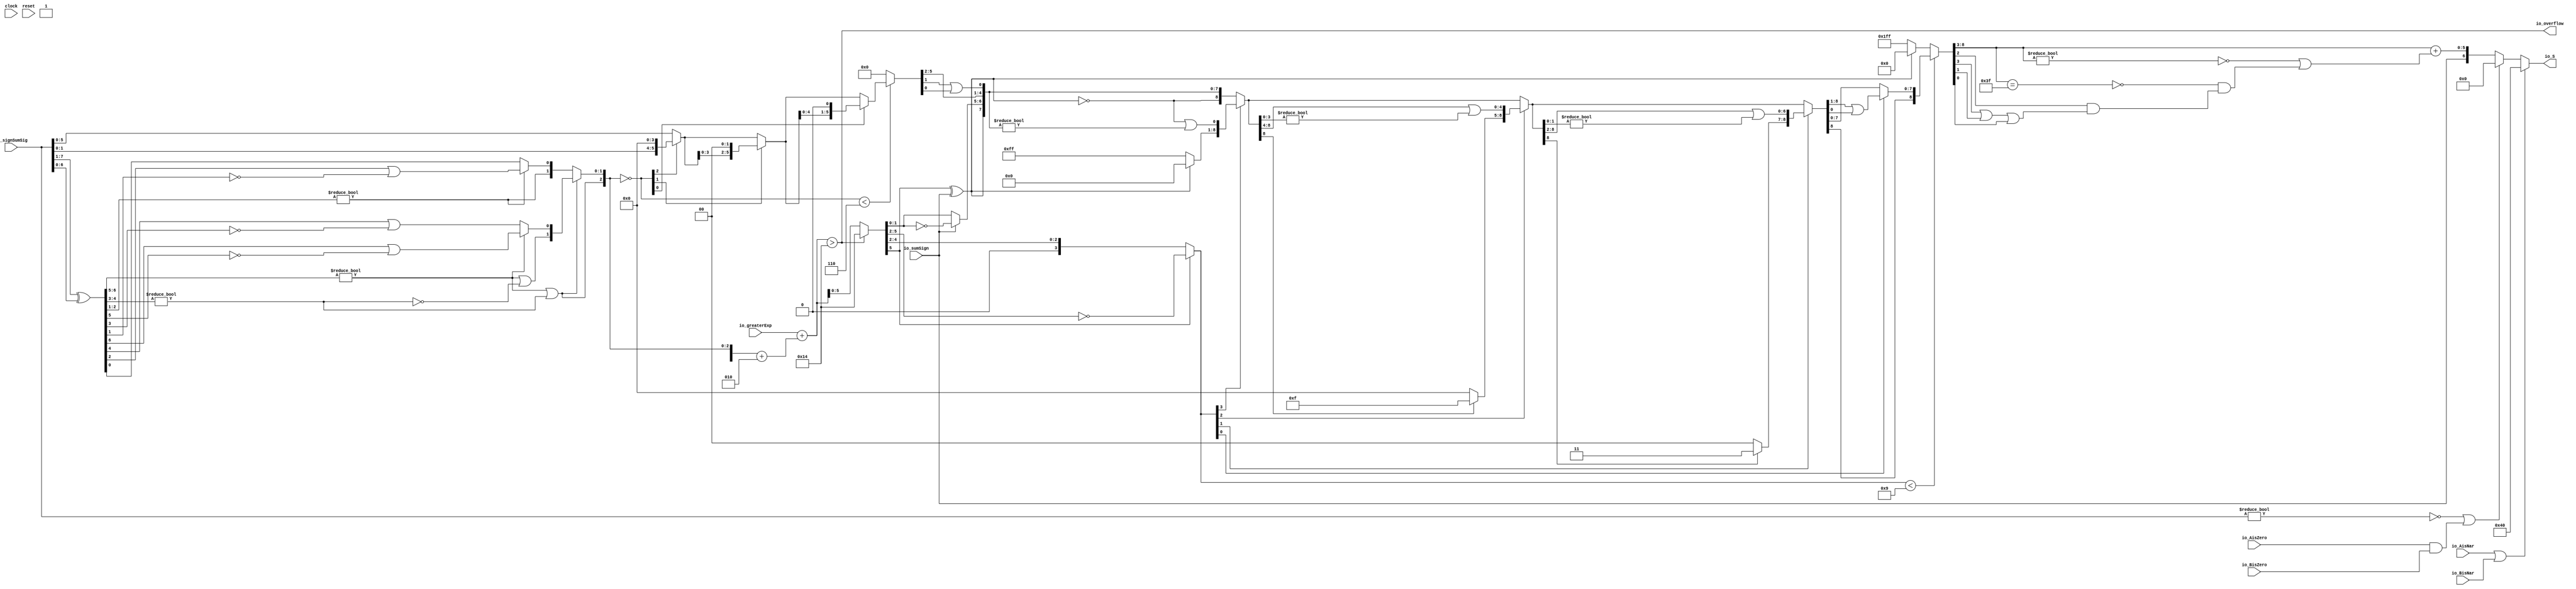
module Post_Adder7_2(
  input        clock,
  input        reset,
  input  [7:0] io_signSumSig,
  input  [5:0] io_greaterExp,
  input        io_sumSign,
  output       io_overflow,
  input        io_AisNar,
  input        io_BisNar,
  input        io_AisZero,
  input        io_BisZero,
  output [6:0] io_S
);
  wire [6:0] _T; // @[Post_Adder.scala 26:34]
  wire [6:0] _T_1; // @[Post_Adder.scala 26:72]
  wire [6:0] sumXor; // @[Post_Adder.scala 26:52]
  wire [3:0] _T_2; // @[LZD.scala 43:32]
  wire [1:0] _T_3; // @[LZD.scala 43:32]
  wire  _T_4; // @[LZD.scala 39:14]
  wire  _T_5; // @[LZD.scala 39:21]
  wire  _T_6; // @[LZD.scala 39:30]
  wire  _T_7; // @[LZD.scala 39:27]
  wire  _T_8; // @[LZD.scala 39:25]
  wire [1:0] _T_9; // @[Cat.scala 29:58]
  wire [1:0] _T_10; // @[LZD.scala 44:32]
  wire  _T_11; // @[LZD.scala 39:14]
  wire  _T_12; // @[LZD.scala 39:21]
  wire  _T_13; // @[LZD.scala 39:30]
  wire  _T_14; // @[LZD.scala 39:27]
  wire  _T_15; // @[LZD.scala 39:25]
  wire [1:0] _T_16; // @[Cat.scala 29:58]
  wire  _T_17; // @[Shift.scala 12:21]
  wire  _T_18; // @[Shift.scala 12:21]
  wire  _T_19; // @[LZD.scala 49:16]
  wire  _T_20; // @[LZD.scala 49:27]
  wire  _T_21; // @[LZD.scala 49:25]
  wire  _T_22; // @[LZD.scala 49:47]
  wire  _T_23; // @[LZD.scala 49:59]
  wire  _T_24; // @[LZD.scala 49:35]
  wire [2:0] _T_26; // @[Cat.scala 29:58]
  wire [2:0] _T_27; // @[LZD.scala 44:32]
  wire [1:0] _T_28; // @[LZD.scala 43:32]
  wire  _T_29; // @[LZD.scala 39:14]
  wire  _T_30; // @[LZD.scala 39:21]
  wire  _T_31; // @[LZD.scala 39:30]
  wire  _T_32; // @[LZD.scala 39:27]
  wire  _T_33; // @[LZD.scala 39:25]
  wire [1:0] _T_34; // @[Cat.scala 29:58]
  wire  _T_35; // @[LZD.scala 44:32]
  wire  _T_37; // @[Shift.scala 12:21]
  wire  _T_39; // @[LZD.scala 55:32]
  wire  _T_40; // @[LZD.scala 55:20]
  wire [1:0] _T_41; // @[Cat.scala 29:58]
  wire  _T_42; // @[Shift.scala 12:21]
  wire [1:0] _T_44; // @[LZD.scala 55:32]
  wire [1:0] _T_45; // @[LZD.scala 55:20]
  wire [2:0] sumLZD; // @[Cat.scala 29:58]
  wire [3:0] _T_46; // @[Cat.scala 29:58]
  wire [3:0] _T_47; // @[Post_Adder.scala 28:37]
  wire [3:0] _T_49; // @[Post_Adder.scala 28:44]
  wire [3:0] scaleBias; // @[Post_Adder.scala 28:44]
  wire [5:0] _GEN_0; // @[Post_Adder.scala 29:35]
  wire [6:0] sumScale; // @[Post_Adder.scala 29:35]
  wire [2:0] normalShift; // @[Post_Adder.scala 31:22]
  wire [5:0] _T_51; // @[Post_Adder.scala 32:39]
  wire  _T_52; // @[Shift.scala 16:24]
  wire  _T_54; // @[Shift.scala 12:21]
  wire [1:0] _T_55; // @[Shift.scala 64:52]
  wire [5:0] _T_57; // @[Cat.scala 29:58]
  wire [5:0] _T_58; // @[Shift.scala 64:27]
  wire [1:0] _T_59; // @[Shift.scala 66:70]
  wire  _T_60; // @[Shift.scala 12:21]
  wire [3:0] _T_61; // @[Shift.scala 64:52]
  wire [5:0] _T_63; // @[Cat.scala 29:58]
  wire [5:0] _T_64; // @[Shift.scala 64:27]
  wire  _T_65; // @[Shift.scala 66:70]
  wire [4:0] _T_67; // @[Shift.scala 64:52]
  wire [5:0] _T_68; // @[Cat.scala 29:58]
  wire [5:0] _T_69; // @[Shift.scala 64:27]
  wire [5:0] shiftSig; // @[Shift.scala 16:10]
  wire [6:0] _T_70; // @[Post_Adder.scala 44:24]
  wire [1:0] decS_fraction; // @[Post_Adder.scala 45:34]
  wire  decS_isNaR; // @[Post_Adder.scala 46:31]
  wire  _T_73; // @[Post_Adder.scala 47:36]
  wire  _T_74; // @[Post_Adder.scala 47:21]
  wire  _T_75; // @[Post_Adder.scala 47:54]
  wire  decS_isZero; // @[Post_Adder.scala 47:40]
  wire [1:0] _T_77; // @[Post_Adder.scala 48:33]
  wire  _T_78; // @[Post_Adder.scala 48:49]
  wire  _T_79; // @[Post_Adder.scala 48:63]
  wire  _T_80; // @[Post_Adder.scala 48:53]
  wire [5:0] _GEN_1; // @[Post_Adder.scala 41:24 Post_Adder.scala 44:18]
  wire [5:0] decS_scale; // @[Post_Adder.scala 41:24 Post_Adder.scala 44:18]
  wire [1:0] _T_83; // @[convert.scala 46:61]
  wire [1:0] _T_84; // @[convert.scala 46:52]
  wire [1:0] _T_86; // @[convert.scala 46:42]
  wire [3:0] _T_87; // @[convert.scala 48:34]
  wire  _T_88; // @[convert.scala 49:36]
  wire [3:0] _T_90; // @[convert.scala 50:36]
  wire [3:0] _T_91; // @[convert.scala 50:36]
  wire [3:0] _T_92; // @[convert.scala 50:28]
  wire  _T_93; // @[convert.scala 51:31]
  wire  _T_94; // @[convert.scala 52:43]
  wire [8:0] _T_98; // @[Cat.scala 29:58]
  wire [3:0] _T_99; // @[Shift.scala 39:17]
  wire  _T_100; // @[Shift.scala 39:24]
  wire  _T_102; // @[Shift.scala 90:30]
  wire [7:0] _T_103; // @[Shift.scala 90:48]
  wire  _T_104; // @[Shift.scala 90:57]
  wire  _T_105; // @[Shift.scala 90:39]
  wire  _T_106; // @[Shift.scala 12:21]
  wire  _T_107; // @[Shift.scala 12:21]
  wire [7:0] _T_109; // @[Bitwise.scala 71:12]
  wire [8:0] _T_110; // @[Cat.scala 29:58]
  wire [8:0] _T_111; // @[Shift.scala 91:22]
  wire [2:0] _T_112; // @[Shift.scala 92:77]
  wire [4:0] _T_113; // @[Shift.scala 90:30]
  wire [3:0] _T_114; // @[Shift.scala 90:48]
  wire  _T_115; // @[Shift.scala 90:57]
  wire [4:0] _GEN_2; // @[Shift.scala 90:39]
  wire [4:0] _T_116; // @[Shift.scala 90:39]
  wire  _T_117; // @[Shift.scala 12:21]
  wire  _T_118; // @[Shift.scala 12:21]
  wire [3:0] _T_120; // @[Bitwise.scala 71:12]
  wire [8:0] _T_121; // @[Cat.scala 29:58]
  wire [8:0] _T_122; // @[Shift.scala 91:22]
  wire [1:0] _T_123; // @[Shift.scala 92:77]
  wire [6:0] _T_124; // @[Shift.scala 90:30]
  wire [1:0] _T_125; // @[Shift.scala 90:48]
  wire  _T_126; // @[Shift.scala 90:57]
  wire [6:0] _GEN_3; // @[Shift.scala 90:39]
  wire [6:0] _T_127; // @[Shift.scala 90:39]
  wire  _T_128; // @[Shift.scala 12:21]
  wire  _T_129; // @[Shift.scala 12:21]
  wire [1:0] _T_131; // @[Bitwise.scala 71:12]
  wire [8:0] _T_132; // @[Cat.scala 29:58]
  wire [8:0] _T_133; // @[Shift.scala 91:22]
  wire  _T_134; // @[Shift.scala 92:77]
  wire [7:0] _T_135; // @[Shift.scala 90:30]
  wire  _T_136; // @[Shift.scala 90:48]
  wire [7:0] _GEN_4; // @[Shift.scala 90:39]
  wire [7:0] _T_138; // @[Shift.scala 90:39]
  wire  _T_140; // @[Shift.scala 12:21]
  wire [8:0] _T_141; // @[Cat.scala 29:58]
  wire [8:0] _T_142; // @[Shift.scala 91:22]
  wire [8:0] _T_145; // @[Bitwise.scala 71:12]
  wire [8:0] _T_146; // @[Shift.scala 39:10]
  wire  _T_147; // @[convert.scala 55:31]
  wire  _T_148; // @[convert.scala 56:31]
  wire  _T_149; // @[convert.scala 57:31]
  wire  _T_150; // @[convert.scala 58:31]
  wire [5:0] _T_151; // @[convert.scala 59:69]
  wire  _T_152; // @[convert.scala 59:81]
  wire  _T_153; // @[convert.scala 59:50]
  wire  _T_155; // @[convert.scala 60:81]
  wire  _T_156; // @[convert.scala 61:44]
  wire  _T_157; // @[convert.scala 61:52]
  wire  _T_158; // @[convert.scala 61:36]
  wire  _T_159; // @[convert.scala 62:63]
  wire  _T_160; // @[convert.scala 62:103]
  wire  _T_161; // @[convert.scala 62:60]
  wire [5:0] _GEN_5; // @[convert.scala 63:56]
  wire [5:0] _T_164; // @[convert.scala 63:56]
  wire [6:0] _T_165; // @[Cat.scala 29:58]
  wire [6:0] _T_167; // @[Mux.scala 87:16]
  assign _T = io_signSumSig[7:1]; // @[Post_Adder.scala 26:34]
  assign _T_1 = io_signSumSig[6:0]; // @[Post_Adder.scala 26:72]
  assign sumXor = _T ^ _T_1; // @[Post_Adder.scala 26:52]
  assign _T_2 = sumXor[6:3]; // @[LZD.scala 43:32]
  assign _T_3 = _T_2[3:2]; // @[LZD.scala 43:32]
  assign _T_4 = _T_3 != 2'h0; // @[LZD.scala 39:14]
  assign _T_5 = _T_3[1]; // @[LZD.scala 39:21]
  assign _T_6 = _T_3[0]; // @[LZD.scala 39:30]
  assign _T_7 = ~ _T_6; // @[LZD.scala 39:27]
  assign _T_8 = _T_5 | _T_7; // @[LZD.scala 39:25]
  assign _T_9 = {_T_4,_T_8}; // @[Cat.scala 29:58]
  assign _T_10 = _T_2[1:0]; // @[LZD.scala 44:32]
  assign _T_11 = _T_10 != 2'h0; // @[LZD.scala 39:14]
  assign _T_12 = _T_10[1]; // @[LZD.scala 39:21]
  assign _T_13 = _T_10[0]; // @[LZD.scala 39:30]
  assign _T_14 = ~ _T_13; // @[LZD.scala 39:27]
  assign _T_15 = _T_12 | _T_14; // @[LZD.scala 39:25]
  assign _T_16 = {_T_11,_T_15}; // @[Cat.scala 29:58]
  assign _T_17 = _T_9[1]; // @[Shift.scala 12:21]
  assign _T_18 = _T_16[1]; // @[Shift.scala 12:21]
  assign _T_19 = _T_17 | _T_18; // @[LZD.scala 49:16]
  assign _T_20 = ~ _T_18; // @[LZD.scala 49:27]
  assign _T_21 = _T_17 | _T_20; // @[LZD.scala 49:25]
  assign _T_22 = _T_9[0:0]; // @[LZD.scala 49:47]
  assign _T_23 = _T_16[0:0]; // @[LZD.scala 49:59]
  assign _T_24 = _T_17 ? _T_22 : _T_23; // @[LZD.scala 49:35]
  assign _T_26 = {_T_19,_T_21,_T_24}; // @[Cat.scala 29:58]
  assign _T_27 = sumXor[2:0]; // @[LZD.scala 44:32]
  assign _T_28 = _T_27[2:1]; // @[LZD.scala 43:32]
  assign _T_29 = _T_28 != 2'h0; // @[LZD.scala 39:14]
  assign _T_30 = _T_28[1]; // @[LZD.scala 39:21]
  assign _T_31 = _T_28[0]; // @[LZD.scala 39:30]
  assign _T_32 = ~ _T_31; // @[LZD.scala 39:27]
  assign _T_33 = _T_30 | _T_32; // @[LZD.scala 39:25]
  assign _T_34 = {_T_29,_T_33}; // @[Cat.scala 29:58]
  assign _T_35 = _T_27[0:0]; // @[LZD.scala 44:32]
  assign _T_37 = _T_34[1]; // @[Shift.scala 12:21]
  assign _T_39 = _T_34[0:0]; // @[LZD.scala 55:32]
  assign _T_40 = _T_37 ? _T_39 : _T_35; // @[LZD.scala 55:20]
  assign _T_41 = {_T_37,_T_40}; // @[Cat.scala 29:58]
  assign _T_42 = _T_26[2]; // @[Shift.scala 12:21]
  assign _T_44 = _T_26[1:0]; // @[LZD.scala 55:32]
  assign _T_45 = _T_42 ? _T_44 : _T_41; // @[LZD.scala 55:20]
  assign sumLZD = {_T_42,_T_45}; // @[Cat.scala 29:58]
  assign _T_46 = {1'h1,_T_42,_T_45}; // @[Cat.scala 29:58]
  assign _T_47 = $signed(_T_46); // @[Post_Adder.scala 28:37]
  assign _T_49 = $signed(_T_47) + $signed(4'sh2); // @[Post_Adder.scala 28:44]
  assign scaleBias = $signed(_T_49); // @[Post_Adder.scala 28:44]
  assign _GEN_0 = {{2{scaleBias[3]}},scaleBias}; // @[Post_Adder.scala 29:35]
  assign sumScale = $signed(io_greaterExp) + $signed(_GEN_0); // @[Post_Adder.scala 29:35]
  assign normalShift = ~ sumLZD; // @[Post_Adder.scala 31:22]
  assign _T_51 = io_signSumSig[5:0]; // @[Post_Adder.scala 32:39]
  assign _T_52 = normalShift < 3'h6; // @[Shift.scala 16:24]
  assign _T_54 = normalShift[2]; // @[Shift.scala 12:21]
  assign _T_55 = _T_51[1:0]; // @[Shift.scala 64:52]
  assign _T_57 = {_T_55,4'h0}; // @[Cat.scala 29:58]
  assign _T_58 = _T_54 ? _T_57 : _T_51; // @[Shift.scala 64:27]
  assign _T_59 = normalShift[1:0]; // @[Shift.scala 66:70]
  assign _T_60 = _T_59[1]; // @[Shift.scala 12:21]
  assign _T_61 = _T_58[3:0]; // @[Shift.scala 64:52]
  assign _T_63 = {_T_61,2'h0}; // @[Cat.scala 29:58]
  assign _T_64 = _T_60 ? _T_63 : _T_58; // @[Shift.scala 64:27]
  assign _T_65 = _T_59[0:0]; // @[Shift.scala 66:70]
  assign _T_67 = _T_64[4:0]; // @[Shift.scala 64:52]
  assign _T_68 = {_T_67,1'h0}; // @[Cat.scala 29:58]
  assign _T_69 = _T_65 ? _T_68 : _T_64; // @[Shift.scala 64:27]
  assign shiftSig = _T_52 ? _T_69 : 6'h0; // @[Shift.scala 16:10]
  assign _T_70 = io_overflow ? $signed(7'sh14) : $signed(sumScale); // @[Post_Adder.scala 44:24]
  assign decS_fraction = shiftSig[5:4]; // @[Post_Adder.scala 45:34]
  assign decS_isNaR = io_AisNar | io_BisNar; // @[Post_Adder.scala 46:31]
  assign _T_73 = io_signSumSig != 8'h0; // @[Post_Adder.scala 47:36]
  assign _T_74 = ~ _T_73; // @[Post_Adder.scala 47:21]
  assign _T_75 = io_AisZero & io_BisZero; // @[Post_Adder.scala 47:54]
  assign decS_isZero = _T_74 | _T_75; // @[Post_Adder.scala 47:40]
  assign _T_77 = shiftSig[3:2]; // @[Post_Adder.scala 48:33]
  assign _T_78 = shiftSig[1]; // @[Post_Adder.scala 48:49]
  assign _T_79 = shiftSig[0]; // @[Post_Adder.scala 48:63]
  assign _T_80 = _T_78 | _T_79; // @[Post_Adder.scala 48:53]
  assign _GEN_1 = _T_70[5:0]; // @[Post_Adder.scala 41:24 Post_Adder.scala 44:18]
  assign decS_scale = $signed(_GEN_1); // @[Post_Adder.scala 41:24 Post_Adder.scala 44:18]
  assign _T_83 = decS_scale[1:0]; // @[convert.scala 46:61]
  assign _T_84 = ~ _T_83; // @[convert.scala 46:52]
  assign _T_86 = io_sumSign ? _T_84 : _T_83; // @[convert.scala 46:42]
  assign _T_87 = decS_scale[5:2]; // @[convert.scala 48:34]
  assign _T_88 = _T_87[3:3]; // @[convert.scala 49:36]
  assign _T_90 = ~ _T_87; // @[convert.scala 50:36]
  assign _T_91 = $signed(_T_90); // @[convert.scala 50:36]
  assign _T_92 = _T_88 ? $signed(_T_91) : $signed(_T_87); // @[convert.scala 50:28]
  assign _T_93 = _T_88 ^ io_sumSign; // @[convert.scala 51:31]
  assign _T_94 = ~ _T_93; // @[convert.scala 52:43]
  assign _T_98 = {_T_94,_T_93,_T_86,decS_fraction,_T_77,_T_80}; // @[Cat.scala 29:58]
  assign _T_99 = $unsigned(_T_92); // @[Shift.scala 39:17]
  assign _T_100 = _T_99 < 4'h9; // @[Shift.scala 39:24]
  assign _T_102 = _T_98[8:8]; // @[Shift.scala 90:30]
  assign _T_103 = _T_98[7:0]; // @[Shift.scala 90:48]
  assign _T_104 = _T_103 != 8'h0; // @[Shift.scala 90:57]
  assign _T_105 = _T_102 | _T_104; // @[Shift.scala 90:39]
  assign _T_106 = _T_99[3]; // @[Shift.scala 12:21]
  assign _T_107 = _T_98[8]; // @[Shift.scala 12:21]
  assign _T_109 = _T_107 ? 8'hff : 8'h0; // @[Bitwise.scala 71:12]
  assign _T_110 = {_T_109,_T_105}; // @[Cat.scala 29:58]
  assign _T_111 = _T_106 ? _T_110 : _T_98; // @[Shift.scala 91:22]
  assign _T_112 = _T_99[2:0]; // @[Shift.scala 92:77]
  assign _T_113 = _T_111[8:4]; // @[Shift.scala 90:30]
  assign _T_114 = _T_111[3:0]; // @[Shift.scala 90:48]
  assign _T_115 = _T_114 != 4'h0; // @[Shift.scala 90:57]
  assign _GEN_2 = {{4'd0}, _T_115}; // @[Shift.scala 90:39]
  assign _T_116 = _T_113 | _GEN_2; // @[Shift.scala 90:39]
  assign _T_117 = _T_112[2]; // @[Shift.scala 12:21]
  assign _T_118 = _T_111[8]; // @[Shift.scala 12:21]
  assign _T_120 = _T_118 ? 4'hf : 4'h0; // @[Bitwise.scala 71:12]
  assign _T_121 = {_T_120,_T_116}; // @[Cat.scala 29:58]
  assign _T_122 = _T_117 ? _T_121 : _T_111; // @[Shift.scala 91:22]
  assign _T_123 = _T_112[1:0]; // @[Shift.scala 92:77]
  assign _T_124 = _T_122[8:2]; // @[Shift.scala 90:30]
  assign _T_125 = _T_122[1:0]; // @[Shift.scala 90:48]
  assign _T_126 = _T_125 != 2'h0; // @[Shift.scala 90:57]
  assign _GEN_3 = {{6'd0}, _T_126}; // @[Shift.scala 90:39]
  assign _T_127 = _T_124 | _GEN_3; // @[Shift.scala 90:39]
  assign _T_128 = _T_123[1]; // @[Shift.scala 12:21]
  assign _T_129 = _T_122[8]; // @[Shift.scala 12:21]
  assign _T_131 = _T_129 ? 2'h3 : 2'h0; // @[Bitwise.scala 71:12]
  assign _T_132 = {_T_131,_T_127}; // @[Cat.scala 29:58]
  assign _T_133 = _T_128 ? _T_132 : _T_122; // @[Shift.scala 91:22]
  assign _T_134 = _T_123[0:0]; // @[Shift.scala 92:77]
  assign _T_135 = _T_133[8:1]; // @[Shift.scala 90:30]
  assign _T_136 = _T_133[0:0]; // @[Shift.scala 90:48]
  assign _GEN_4 = {{7'd0}, _T_136}; // @[Shift.scala 90:39]
  assign _T_138 = _T_135 | _GEN_4; // @[Shift.scala 90:39]
  assign _T_140 = _T_133[8]; // @[Shift.scala 12:21]
  assign _T_141 = {_T_140,_T_138}; // @[Cat.scala 29:58]
  assign _T_142 = _T_134 ? _T_141 : _T_133; // @[Shift.scala 91:22]
  assign _T_145 = _T_107 ? 9'h1ff : 9'h0; // @[Bitwise.scala 71:12]
  assign _T_146 = _T_100 ? _T_142 : _T_145; // @[Shift.scala 39:10]
  assign _T_147 = _T_146[3]; // @[convert.scala 55:31]
  assign _T_148 = _T_146[2]; // @[convert.scala 56:31]
  assign _T_149 = _T_146[1]; // @[convert.scala 57:31]
  assign _T_150 = _T_146[0]; // @[convert.scala 58:31]
  assign _T_151 = _T_146[8:3]; // @[convert.scala 59:69]
  assign _T_152 = _T_151 != 6'h0; // @[convert.scala 59:81]
  assign _T_153 = ~ _T_152; // @[convert.scala 59:50]
  assign _T_155 = _T_151 == 6'h3f; // @[convert.scala 60:81]
  assign _T_156 = _T_147 | _T_149; // @[convert.scala 61:44]
  assign _T_157 = _T_156 | _T_150; // @[convert.scala 61:52]
  assign _T_158 = _T_148 & _T_157; // @[convert.scala 61:36]
  assign _T_159 = ~ _T_155; // @[convert.scala 62:63]
  assign _T_160 = _T_159 & _T_158; // @[convert.scala 62:103]
  assign _T_161 = _T_153 | _T_160; // @[convert.scala 62:60]
  assign _GEN_5 = {{5'd0}, _T_161}; // @[convert.scala 63:56]
  assign _T_164 = _T_151 + _GEN_5; // @[convert.scala 63:56]
  assign _T_165 = {io_sumSign,_T_164}; // @[Cat.scala 29:58]
  assign _T_167 = decS_isZero ? 7'h0 : _T_165; // @[Mux.scala 87:16]
  assign io_overflow = $signed(sumScale) > $signed(7'sh14); // @[Post_Adder.scala 30:18]
  assign io_S = decS_isNaR ? 7'h40 : _T_167; // @[Post_Adder.scala 49:7]
endmodule